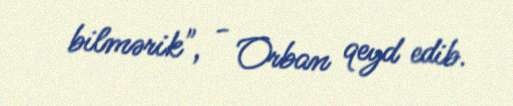
bilmərik", - Orban qeyd edib.